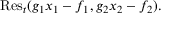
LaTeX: { \mathrm { R e s } } _ { t } ( g _ { 1 } x _ { 1 } - f _ { 1 } , g _ { 2 } x _ { 2 } - f _ { 2 } ) .